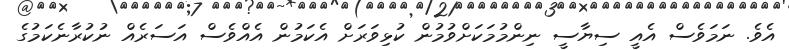
އެވެ. ނަމަވެސް އެއީ ސިޔާސީ ނިންމުމަކަށްވުމުން ކުޅިވަރަށް އެކަމުން އެއްވެސް އަސަރެއް ނުކުރާނެކަމުގެ